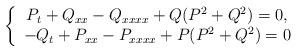
LaTeX: \begin{align*}\left\{\begin{array}{cccc}P_t+Q_{xx}-Q_{xxxx}+Q(P^2+Q^2)=0,\\-Q_t+P_{xx}-P_{xxxx}+P(P^2+Q^2)=0\end{array}\right.\end{align*}